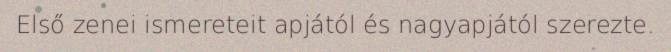
Első zenei ismereteit apjától és nagyapjától szerezte.